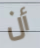
أن